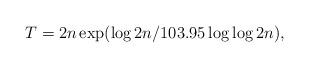
LaTeX: \begin{align*} T= 2n\exp(\log 2n/103.95\log \log 2n),\end{align*}